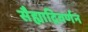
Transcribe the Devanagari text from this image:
सैह्याद्रिवर्णन